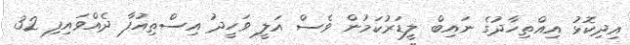
އިދިކޮޅު އިއްތިހާދުގެ ނައިބް ލީޑަރުކަމުން ވެސް އަލީ ވަހީދު އިސްތިއުފާ ދެއްވައިފި 32